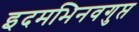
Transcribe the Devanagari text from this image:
इदमभिनवगुप्त